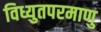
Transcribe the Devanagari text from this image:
विध्युतपरमाणु